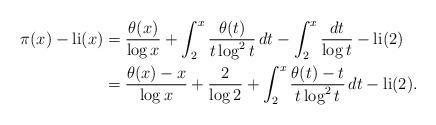
LaTeX: \begin{align*}\pi(x) - \textrm{li}(x) &= \frac{\theta(x)}{\log x} + \int_{2}^{x}\frac{\theta(t)}{t \log^{2} t}\, dt - \int_{2}^{x} \frac{dt}{\log t} - \textrm{li}(2)\\&= \frac{\theta(x)-x}{\log x} + \frac{2}{\log 2} + \int_{2}^{x}\frac{\theta(t)-t}{t \log^{2} t}\, dt - \textrm{li}(2).\end{align*}